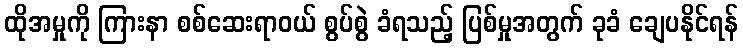
ထိုအမှုကို ကြားနာ စစ်ဆေးရာဝယ် စွပ်စွဲ ခံရသည့် ပြစ်မှုအတွက် ခုခံ ချေပနိုင်ရန်